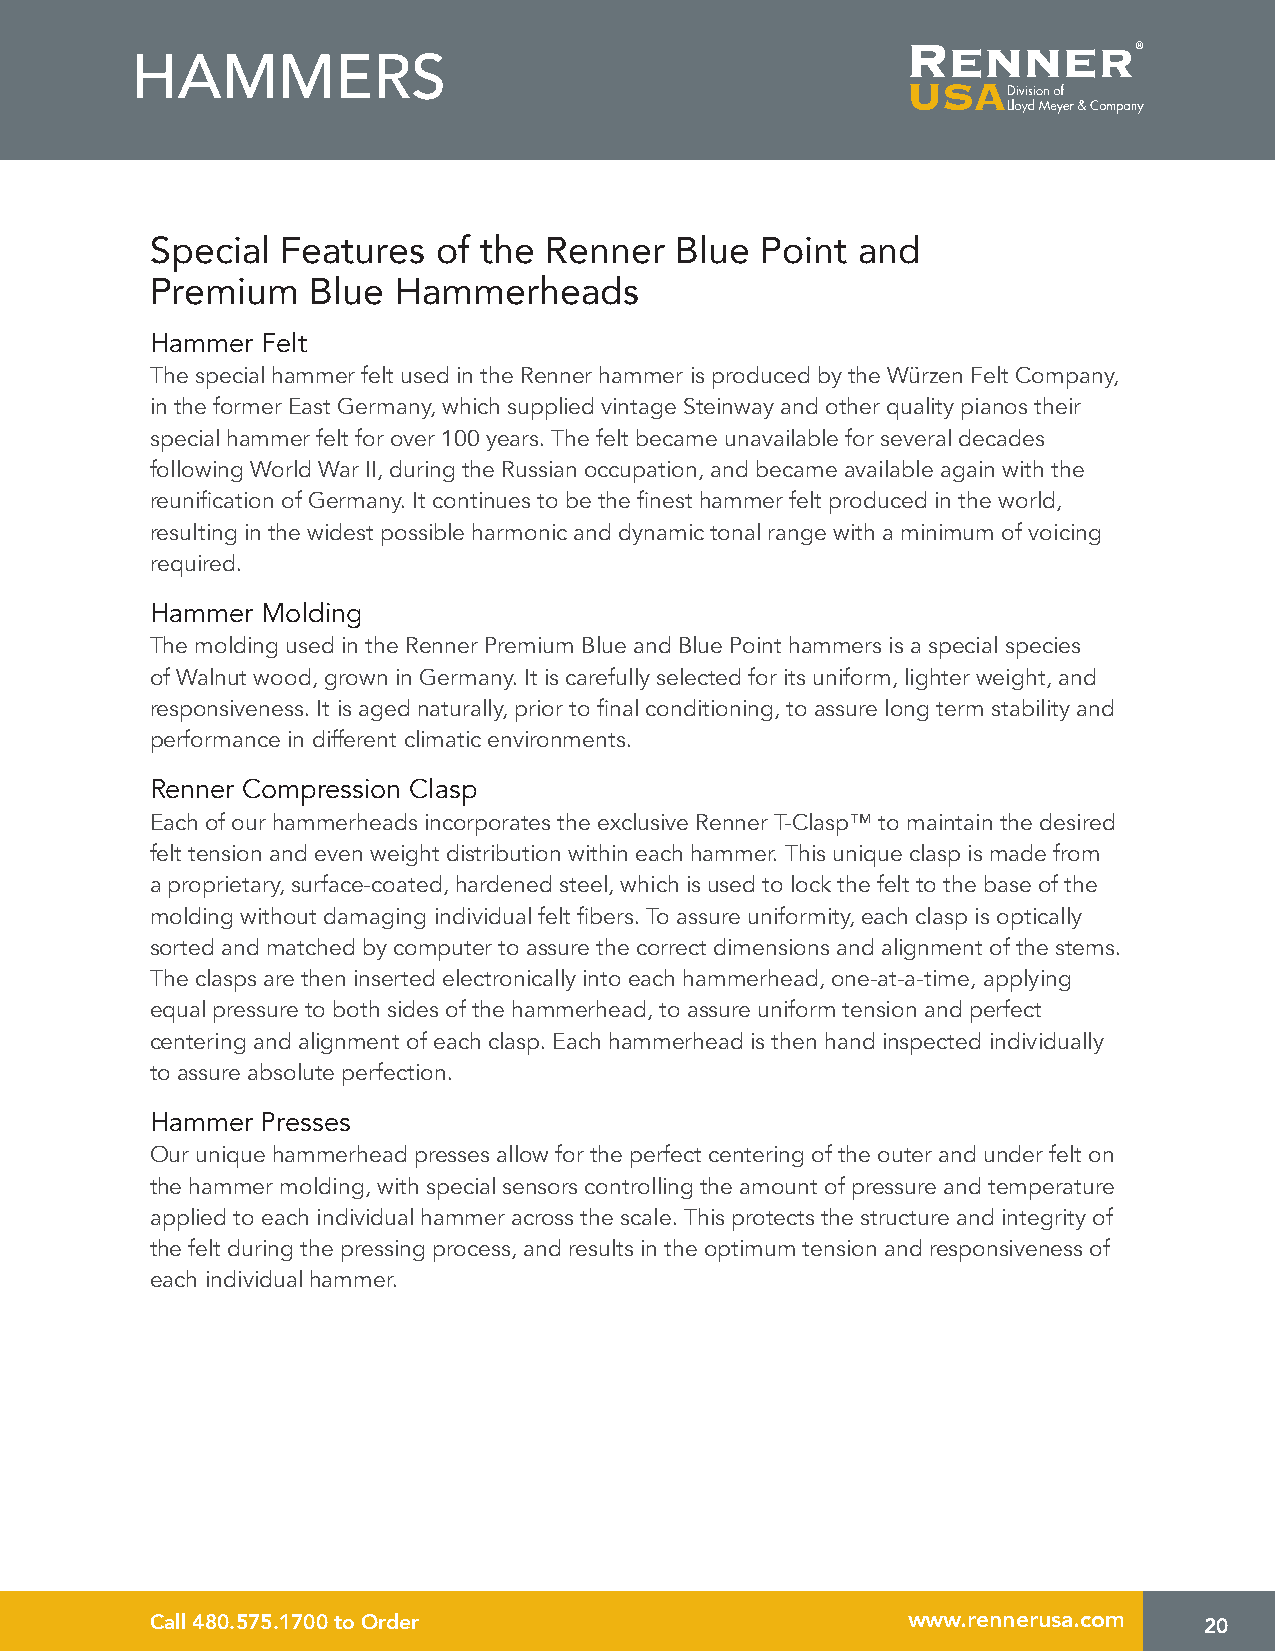
HAMMERS
 Special  Features  of the Renner   Blue Point  and
 Premium    Blue Hammerheads
 Hammer Felt
 The special hammer felt used in the Renner hammer is produced by the Würzen Felt Company,
 in the former East Germany, which supplied vintage Steinway and other quality pianos their
 special hammer felt for over 100 years. The felt became unavailable for several decades
 following World War II, during the Russian occupation, and became available again with the
 reunification of Germany. It continues to be the finest hammer felt produced in the world,
 resulting in the widest possible harmonic and dynamic tonal range with a minimum of voicing
 required.
 Hammer Molding
 The molding used in the Renner Premium Blue and Blue Point hammers is a special species
 of Walnut wood, grown in Germany. It is carefully selected for its uniform, lighter weight, and
 responsiveness. It is aged naturally, prior to final conditioning, to assure long term stability and
 performance in different climatic environments.
 Renner Compression Clasp
 Each of our hammerheads incorporates the exclusive Renner T-Clasp™ to maintain the desired
 felt tension and even weight distribution within each hammer. This unique clasp is made from
 a proprietary, surface-coated, hardened steel, which is used to lock the felt to the base of the
 molding without damaging individual felt fibers. To assure uniformity, each clasp is optically
 sorted and matched by computer to assure the correct dimensions and alignment of the stems.
 The clasps are then inserted electronically into each hammerhead, one-at-a-time, applying
 equal pressure to both sides of the hammerhead, to assure uniform tension and perfect
 centering and alignment of each clasp. Each hammerhead is then hand inspected individually
 to assure absolute perfection.
 Hammer Presses
 Our unique hammerhead presses allow for the perfect centering of the outer and under felt on
 the hammer molding, with special sensors controlling the amount of pressure and temperature
 applied to each individual hammer across the scale. This protects the structure and integrity of
 the felt during the pressing process, and results in the optimum tension and responsiveness of
 each individual hammer.
 Call 480.575.1700 to Order                        www.rennerusa.com   20